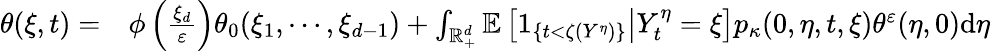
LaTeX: \begin{array}{rl}{\theta(\xi,t)=}&{{}\phi\left(\frac{\xi_{d}}{\varepsilon}\right)\theta_{0}(\xi_{1},\cdots,\xi_{d-1})+\int_{\mathbb{R}_{+}^{d}}\mathbb{E}\left[\left.1_{\{ t<\zeta(Y^{\eta})\} }\right|Y_{t}^{\eta}=\xi\right]p_{\kappa}(0,\eta,t,\xi)\theta^{\varepsilon}(\eta,0)\mathrm{d}\eta}\end{array}